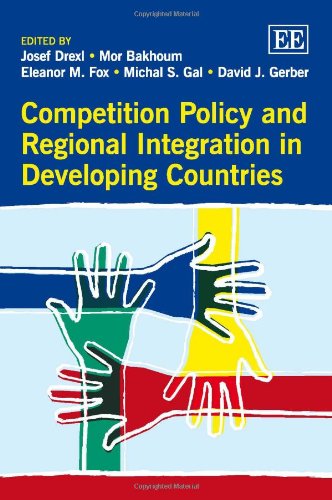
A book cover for Competition Policy and Regional Integration in Developing Countries; Josef Drexl; Law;